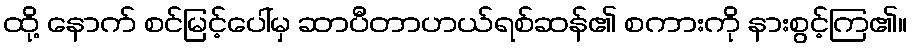
ထို့ နောက် စင်မြင့်ပေါ်မှ ဆာပီတာဟယ်ရစ်ဆန်၏ စကားကို နားစွင့်ကြ၏။